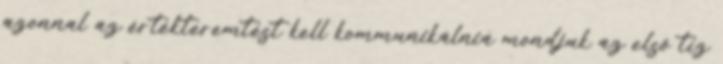
azonnal az értékteremtést kell kommunikálnia mondjuk az első tíz